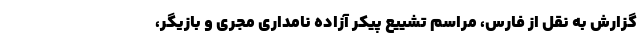
گزارش به نقل از فارس، مراسم تشییع پیکر آزاده نامداری مجری و بازیگر،